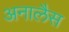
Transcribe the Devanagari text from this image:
अनालैस